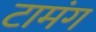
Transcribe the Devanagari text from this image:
टामंग